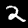
Digit: 2